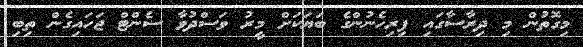
މިގޮތުން މި ދިރާސާގައި ފިރިހެނުންގެ ބަޔަކަށް މީރު ވަސްދުވާ ސެންޓް ޖަހައިގެން ތިބި